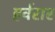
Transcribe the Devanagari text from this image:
हर्वरार